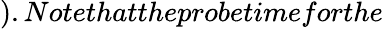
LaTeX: ).Notethattheprobetimeforthe